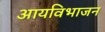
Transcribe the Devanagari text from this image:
आयविभाजन